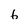
Character: 6